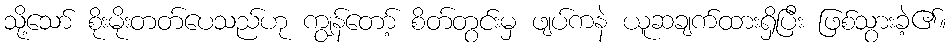
သို့သော် စိုးမိုးတတ်ပေသည်ဟု ကျွန်တော့် စိတ်တွင်းမှ ဖျပ်ကနဲ ယူဆချက်ထားရှိပြီး ဖြစ်သွားခဲ့၏။